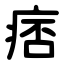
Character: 痞